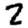
Digit: 2